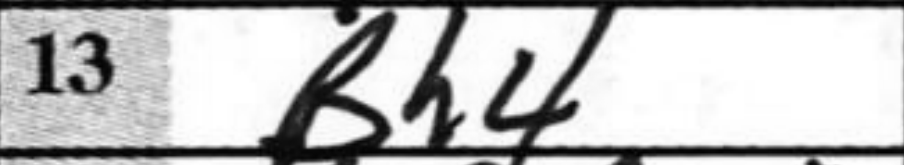
Transcription: Bh4